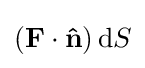
(\mathbf {F} \cdot \mathbf {\hat {n}} )\,\mathrm {d} S